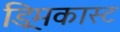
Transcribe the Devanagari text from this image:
ड्रिमकास्ट